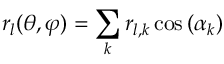
r _ { l } ( \theta , \varphi ) = \sum _ { k } r _ { l , k } \cos { ( \alpha _ { k } ) }